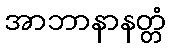
အာဘာနာနတ္တံ